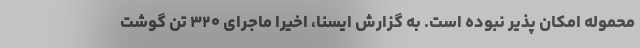
محموله امکان پذیر نبوده است. به گزارش ایسنا، اخیرا ماجرای ۳۲۰ تن گوشت